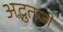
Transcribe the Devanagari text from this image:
अद्भुतजी